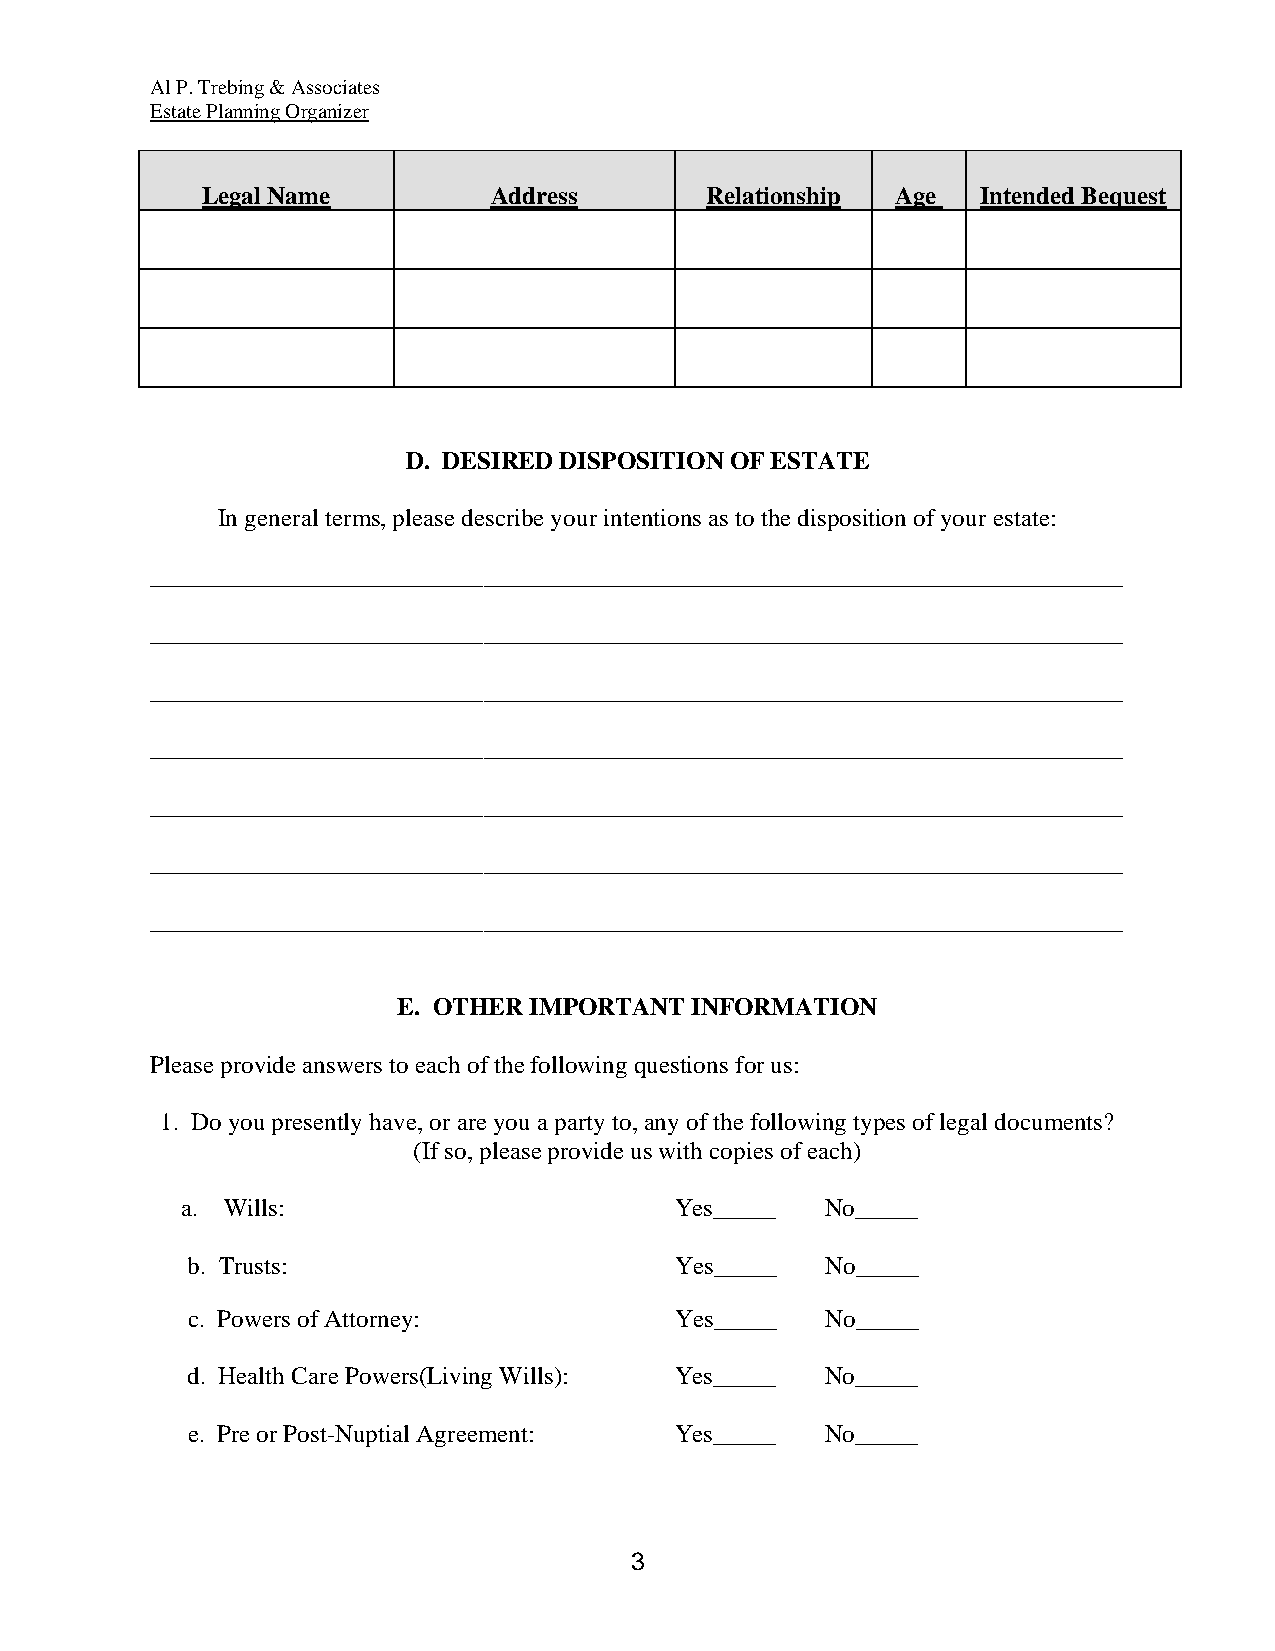
Al P. Trebing & Associates
 Estate Planning Organizer
 Legal Name         Address        Relationship Age  Intended Bequest
 D. DESIRED DISPOSITION OF ESTATE
 In general terms, please describe your intentions as to the disposition of your estate:
 ______________________________________________________________________
 ______________________________________________________________________
 ______________________________________________________________________
 ______________________________________________________________________
 ______________________________________________________________________
 ______________________________________________________________________
 ______________________________________________________________________
 E. OTHER IMPORTANT  INFORMATION
 Please provide answers to each of the following questions for us:
 1. Do you presently have, or are you a party to, any of the following types of legal documents?
 (If so, please provide us with copies of each)
 a. Wills:                        Yes_____  No_____
 b. Trusts:                       Yes_____  No_____
 c. Powers of Attorney:           Yes_____  No_____
 d. Health Care Powers(Living Wills): Yes_____ No_____
 e. Pre or Post-Nuptial Agreement: Yes_____ No_____
 3